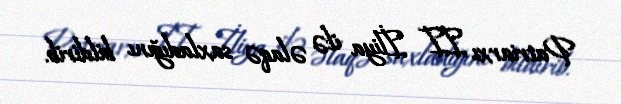
Patriarxı II İliya ilə əlaqə saxladığını bildirib.